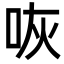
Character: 咴